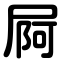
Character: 屙